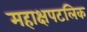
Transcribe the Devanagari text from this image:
महाक्षपटलिक